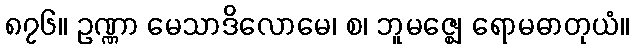
၈၇၆။ ဥဏ္ဏာ မေသာဒိလောမေ၊ စ၊ ဘူမဇ္ဈေ ရောမဓာတုယံ။